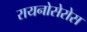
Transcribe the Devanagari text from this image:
रायनोसेरोस